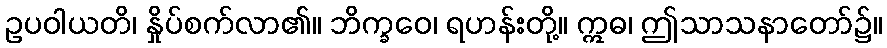
ဥပဝါယတိ၊ နှိုပ်စက်လာ၏။ ဘိက္ခဝေ၊ ရဟန်းတို့။ ဣဓ၊ ဤသာသနာတော်၌။